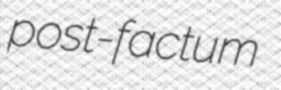
post-factum